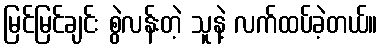
မြင်မြင်ချင်း စွဲလန်းတဲ့ သူနဲ့ လက်ထပ်ခဲ့တယ်။